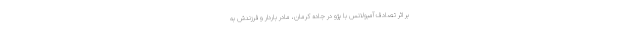
بر اثر تصادف آمبولانس با پژو در جاده کرمان، مادر باردار و فرزندش به